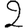
Digit: 2